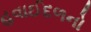
હવાઈદળનો